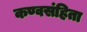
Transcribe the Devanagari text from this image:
कण्वसंहिता